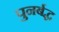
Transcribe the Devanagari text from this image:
पुनर्बद्ध